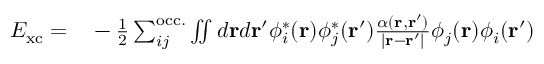
\begin{array} { r l } { E _ { \mathrm { x c } } = } & { { } - \frac { 1 } { 2 } \sum _ { i j } ^ { \mathrm { o c c . } } \iint d \mathbf { r } d \mathbf { r } ^ { \prime } \phi _ { i } ^ { * } ( \mathbf { r } ) \phi _ { j } ^ { * } ( \mathbf { r } ^ { \prime } ) \frac { \alpha ( \mathbf { r } , \mathbf { r } ^ { \prime } ) } { | \mathbf { r } - \mathbf { r } ^ { \prime } | } \phi _ { j } ( \mathbf { r } ) \phi _ { i } ( \mathbf { r } ^ { \prime } ) } \end{array}